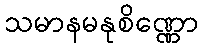
သမာနမနုစိဏ္ဏော